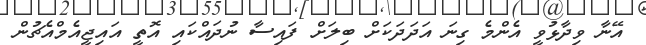
އޭނާ ވިދާޅުވީ އެންމެ ގިނަ އަދަދަކަށް ބިލަށް ފައިސާ ނުދައްކައި އޮތީ އައިޖީއެމްއެޗުން